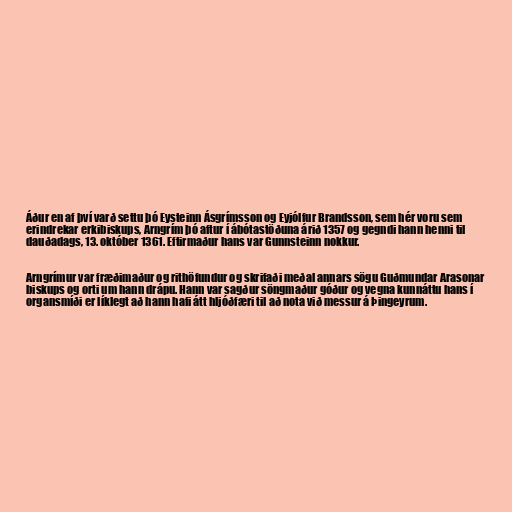
Áður en af því varð settu þó Eysteinn Ásgrímsson og Eyjólfur Brandsson, sem hér voru sem
erindrekar erkibiskups, Arngrím þó aftur í ábótastöðuna árið 1357 og gegndi hann henni til
dauðadags, 13. október 1361. Eftirmaður hans var Gunnsteinn nokkur.

Arngrímur var fræðimaður og rithöfundur og skrifaði meðal annars sögu Guðmundar Arasonar
biskups og orti um hann drápu. Hann var sagður söngmaður góður og vegna kunnáttu hans í
organsmíði er líklegt að hann hafi átt hljóðfæri til að nota við messur á Þingeyrum.